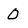
Character: O